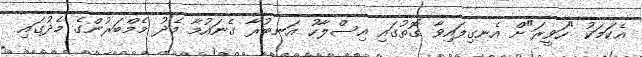
އެކަމަކު "ހަވީރަ"ށް އެނގިފައިވާ ގޮތުގައި އިސްލާހު އަނބުރާ ގެނައުމާ މެދު މެމްބަރުންގެ މެދުގައި